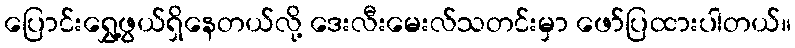
ပြောင်းရွှေ့ဖွယ်ရှိနေတယ်လို့ ဒေးလီးမေးလ်သတင်းမှာ ဖော်ပြထားပါတယ်။